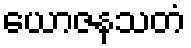
ယောဇနသတံ